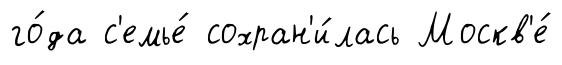
го́да с'емье́ сохран'и́лась Москв'е́